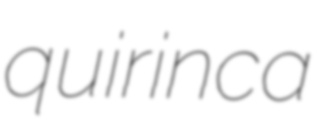
quirinca